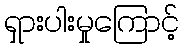
ရှားပါးမှုကြောင့်